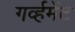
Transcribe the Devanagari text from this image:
गर्व्हमेंट